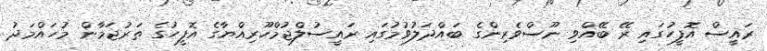
ރައީސް އޮފީހުގައި ރޭ ބޭއްވި ނޫސްވެރިންގެ ބައްދަލުވުމުގައި ރައީސުލްޖުމްހޫރިއްޔާގެ އޮފީހުގެ ތަރުޖަމާން މުހައްމަދު